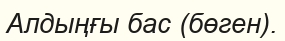
Алдыңғы бас (бөген).